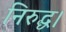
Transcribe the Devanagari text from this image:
निरुद्ध।